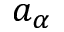
a _ { \alpha }